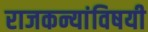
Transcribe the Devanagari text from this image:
राजकन्यांविषयी